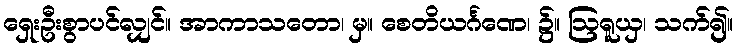
ရှေးဦးစွာပင်လျှင်။ အာကာသတော၊ မှ။ စေတိယင်္ဂဏေ၊ ၌။ ဩရူယှ၊ သက်၍။